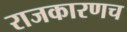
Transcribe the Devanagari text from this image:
राजकारणच